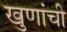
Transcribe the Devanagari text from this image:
खुणांची